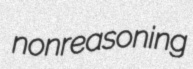
nonreasoning